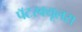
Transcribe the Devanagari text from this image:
पॅटरक्यूलस